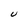
Character: U